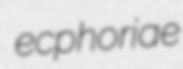
ecphoriae